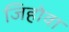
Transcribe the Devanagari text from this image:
जिहोवा